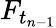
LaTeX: F_{t_{n-1}}